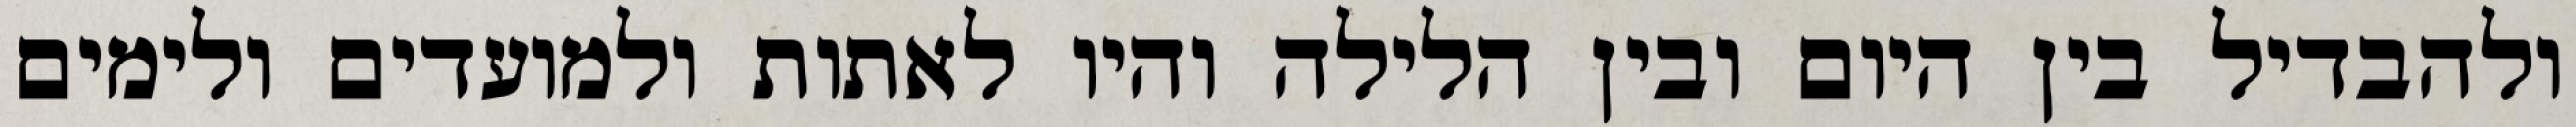
ולהבדיל בין היום ובין הלילה והיו לאתות ולמועדים ולימים